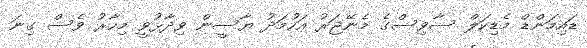
ޑައިމަންޑް މެޑިކަލް ސާވިސްގެ މެނޭޖަރު އަހުމަދު ޔާސީން ވިދާޅުވީ މިހާރު ވެސް ގިނަ